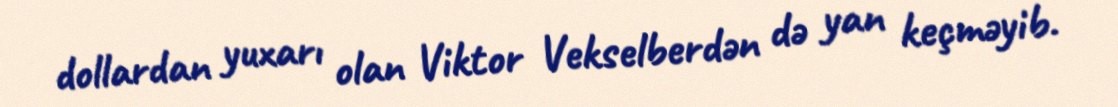
dollardan yuxarı olan Viktor Vekselberdən də yan keçməyib.